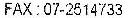
FAX : 07-2514733